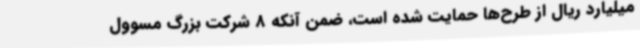
میلیارد ریال از طرح‌ها حمایت شده است، ضمن آنکه 8 شرکت بزرگ مسوول